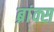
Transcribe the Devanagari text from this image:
ब्रांक्स